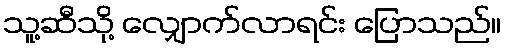
သူ့ဆီသို့ လျှောက်လာရင်း ပြောသည်။